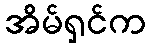
အိမ်ရှင်က